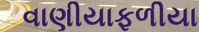
વાણીયાફળીયા